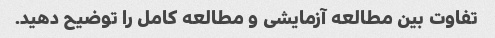
تفاوت بین مطالعه آزمایشی و مطالعه کامل را توضیح دهید.